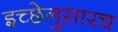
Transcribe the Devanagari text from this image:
इच्छेनुसारच